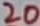
Text: 20